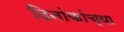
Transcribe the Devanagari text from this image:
दिनांकांच्या